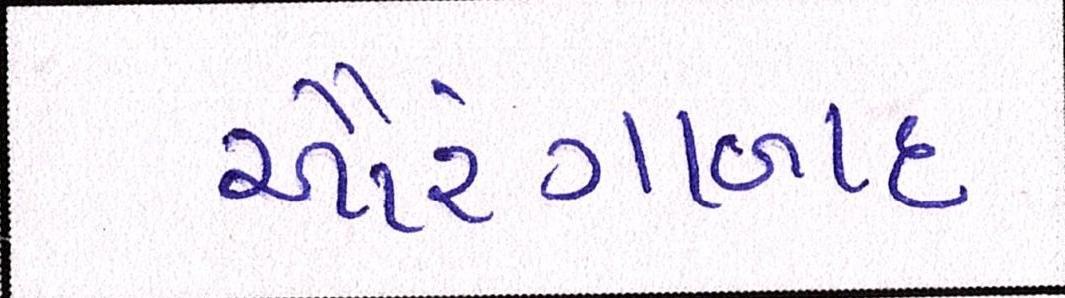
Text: ઔરંગાબાદ